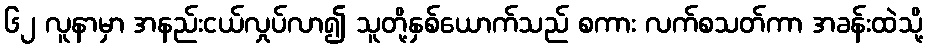
၆၂ လူနာမှာ အနည်းငယ်လှုပ်လာ၍ သူတို့နှစ်ယောက်သည် စကား လက်စသတ်ကာ အခန်းထဲသို့